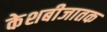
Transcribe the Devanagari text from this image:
केशबीजातक